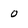
Character: 0